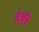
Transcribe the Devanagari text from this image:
वेत्री